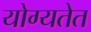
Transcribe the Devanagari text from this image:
योग्यतेत